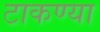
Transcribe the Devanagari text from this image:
टाकण्या